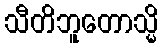
သီတိဘူတောသ္မိ